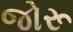
જોરૂ